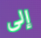
إلى